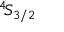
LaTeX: { } ^ { 4 } \! S _ { 3 / 2 }